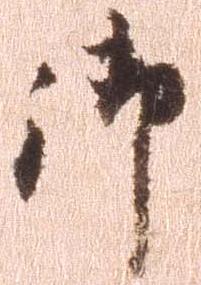
御